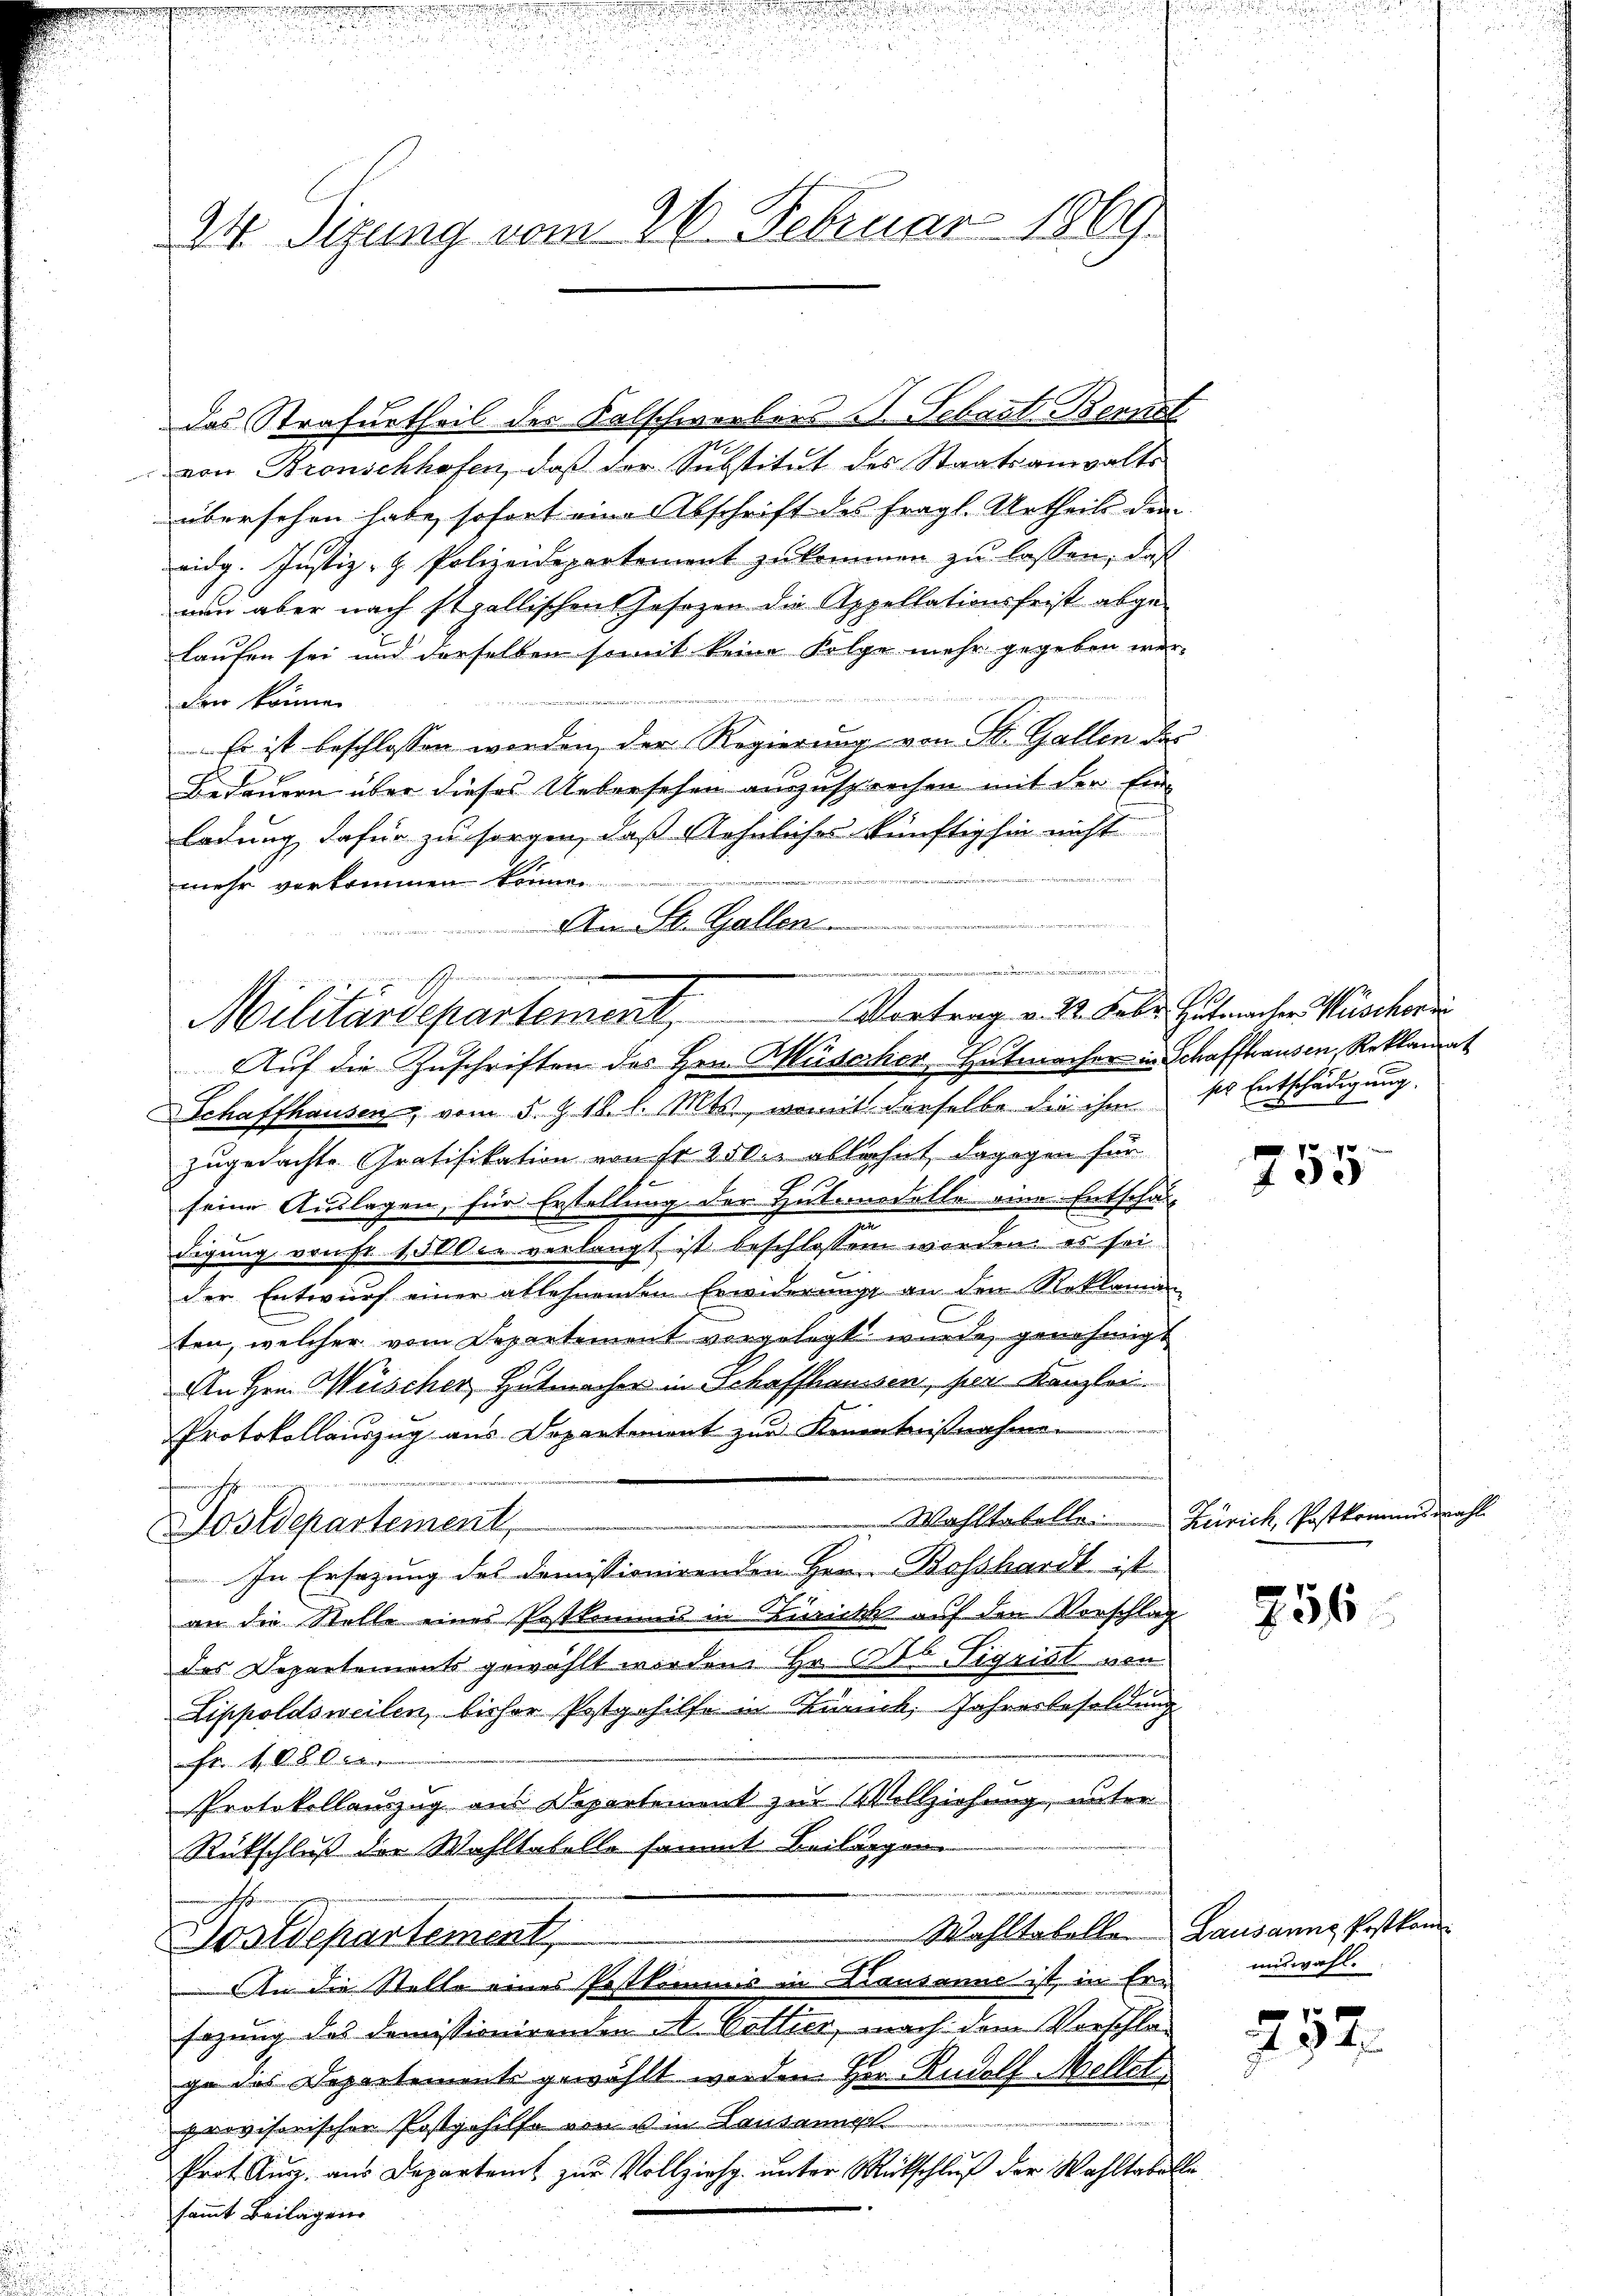
a

24. Sizung vom 26. Februar 1869.

das Strafurtheil des Kalschwerbers (T. Febaut Bernel
von Kronschhofen, daß der Substitut des Staatsanwalts
übersehen habe, sofort eine Abschrift des fragl. Urtheils den
eidg. Justiz- & Polizeidepartement zukommen zu lassen, daß
nun aber nach stgallischen Jasozen die Appellationsfrist abgelaufen sei und derselben somit keine Folge mehr gegeben werden könne.
Es ist beschlossen worden, der Regierung von St. Gallen der
Bedauern über dieses Uebersehen auszusprechen mit der Ein-
ladung dafür zu sorgen, daß Aehnliches künftighin nicht
mehr vorkommen können.
u
An St. Gallen

u nun zu haber den der ist an ein
J

Militärdepartement. Vortrag v. 2. Febr. Hutmachen Kuschri
Auf die Zuschriften des Hrn. Müscher Hutmacher in Schaffhausen, Reklamat

Schaffhausen, vom 5. Z. 18. l. Mts., womit derselbe die ihm so Entschädigung
zugedachte Gratifikation von Fr. 250. ablehnt, dagegen für
t
seine Auslagen, für Erstellung der Hutnedelle eine Entschaf-
digung verst 150 der verlangt ist beschlossen worden, es sei
der Entwurf einer ablehnenden Erwiderunge an den Reklaman
ten, welcher vom Departement vorgelegt wurde, genehmigt
An Hrn. Weischer, Hutmacher in Schaffhaussen, hier Kanzlei.
Protokollauszug aus Departement zur Kenntnißnahme
Postdepartement
In Ersetzung des demissionirenden Herrn Bosshardt is
an die Stelle eines Postkommnis in Zürichts auf den Vorschlag
des Departements gewählt worden. Hr. Feb Sigrist von
Lippoldsweilen, bisher Postgehilfe in Zürich, Jahresbesoldung
Fr. 4 Allein
Protokollauszug aus Departement zur Vollziehung, unter
Rückschluß der Wahltabello sammt Beilagen
Wahltabellen Lausanne Postkom¬
Postdepartement
An die Stelle eines Postkommis in Lausanne ist, in Ersazung des domissionirenden A. Bottier, nach dem Vorschla
ge des Departements gewählt werden Herr Rudolf Mellet

provisorischen Postgehilfe von s in Lausanner
Prot. Ausz. aus Departamt zur Vollzieh unter Rückschluß der Wahltabelle
samt Beilagen

755

Wahltatelle Zürich, Postkommiswahl

856

answahl.

752.